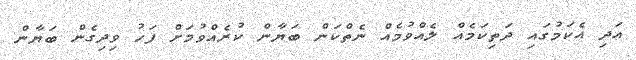
އަދި އެކަމުގައި ދަތިކަމެއް ލެއްވުމެއް ނެތްކަން ބަޔާން ކުރެއްވުމަށް ފަހު ވިދިގެން ބަޔާން